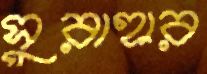
সুরাহার